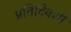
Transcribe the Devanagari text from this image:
प्रतिदिवशीं